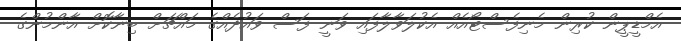
އެމްޑީޕީން ކުރިން މެނިފެސްޓޯއެއް އެކުލަވާލާފައި ވަނީ ފަސް ވައުދެއްގެ މައްޗަށް ބިނާކޮށް އާންމުންގެ